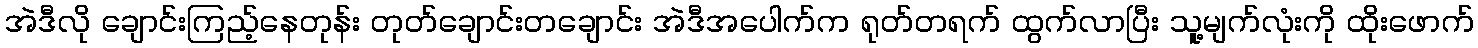
အဲဒီလို ချောင်းကြည့်နေတုန်း တုတ်ချောင်းတချောင်း အဲဒီအပေါက်က ရုတ်တရက် ထွက်လာပြီး သူ့မျက်လုံးကို ထိုးဖောက်